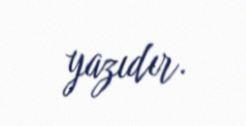
yazıdır.